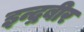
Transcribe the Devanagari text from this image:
इन्द्रबीर